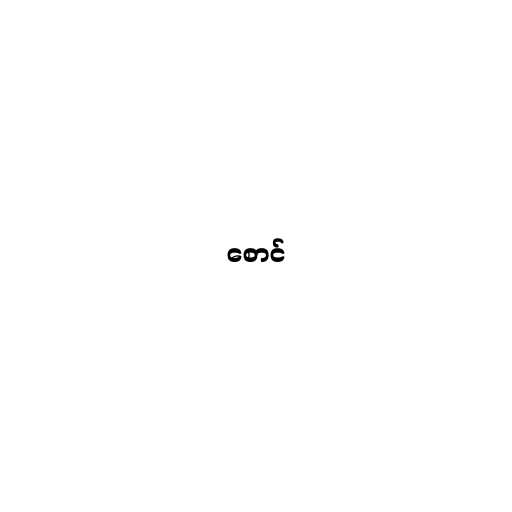
စောင်